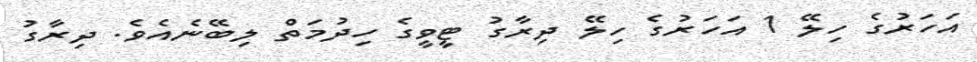
އަހަރުގެ ހިލޭ 1 އަހަރުގެ ހިލޭ ދިރާގު ޓީވީގެ ހިދުމަތް ލިބޭނެއެވެ. ދިރާގު